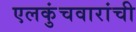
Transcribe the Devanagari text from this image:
एलकुंचवारांची